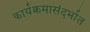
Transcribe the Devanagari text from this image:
कार्यक्रमासंदर्भात